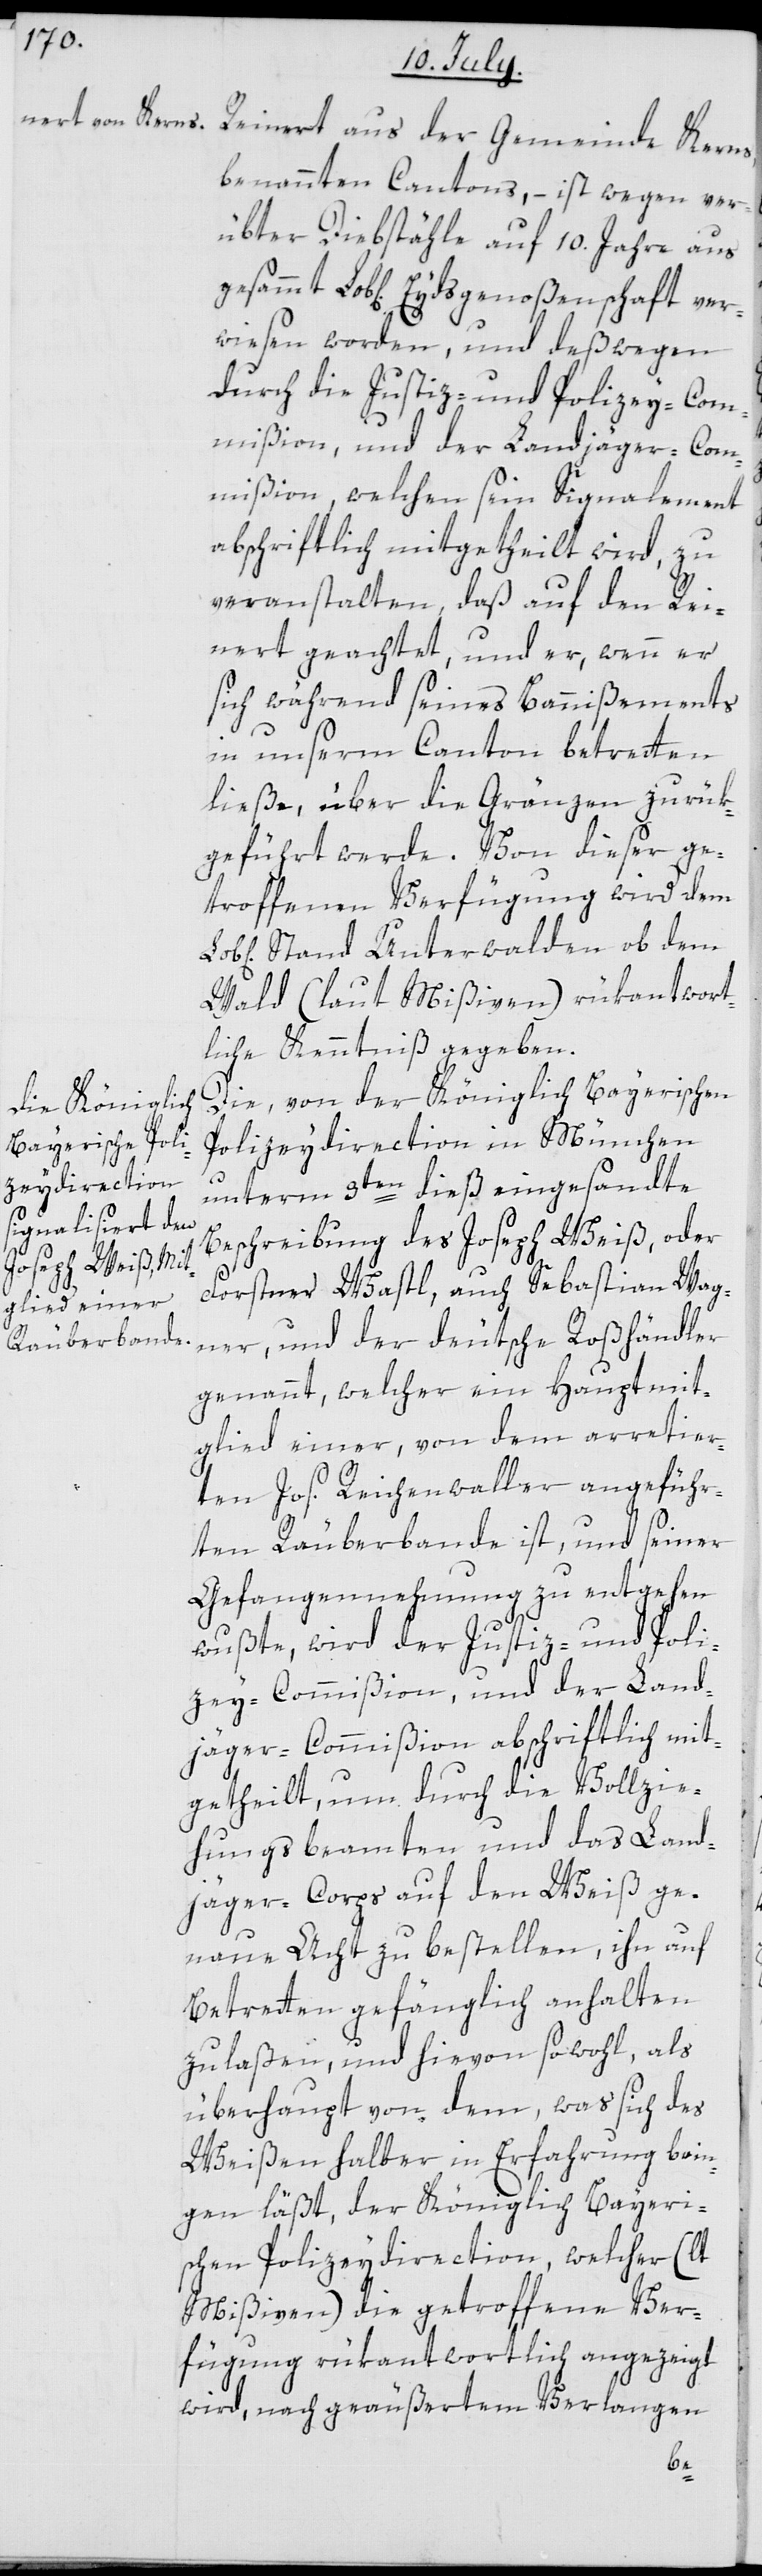
Reinert aus der Gemeinde Kerns,
benannten Cantons, – ist wegen ver¬
übter Diebstähle auf 10. Jahre aus
Lob[licher] Eydsgenoßenschaft ver¬
wiesen worden, und deßwegen
durch die Justiz- und Polizey-Com¬
mißion, und der Landjäger-Com¬
mißion, welchen sein Signalement
abschriftlich mitgetheilt wird, zu
veranstalten, daß auf den Rei¬
nert geachtet und er, wenn er
sich während seines Bannißements
in unserem Canton betretten
ließe, über die Gränzen zurük¬
geführt werde. Von dieser ge¬
troffenen Verfügung wird dem
Stand Unterwalden ob dem
Wald (laut Mißiven) rükantwort¬
liche Kenntniß gegeben.
Die, von der Königlich Bayerischen
Polizeydirection in München
unterm 9ten dieß eingesandte
Beschreibung des Joseph Weiß, oder
Forstner Wastl, auch Sebastian Wag¬
ner, und der deutsche Roßhändler
genannt, welcher ein Hauptmit¬
glied einer, von dem arretier¬
ten Jos. Reichenwaller angeführ¬
ten Räuberbande ist, und seiner
Gefangennehmung zu entgehen
wußte, wird der Justiz- und Poli¬
zey-Commißion, und der Land¬
jäger-Commißion abschriftlich mit¬
getheilt, um durch die Vollzie¬
hungsbeamten und das Land¬
jäger-Corps auf den Weiß ge¬
naue Acht zu bestellen, ihn auf
Betretten gefänglich anhalten
zu laßen, und hievon sowohl, als
überhaupt von dem, was sich des
Weißen halber in Erfahrung brin¬
gen läßt, der Königlich Bayeri¬
schen Polizeydirection, welcher (lt
Mißiven) die getroffene Ver¬
fügung rükantwortlich angezeigt
wird, nach geäußertem Verlangen